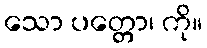
သော ပတ္တော၊ ကို။